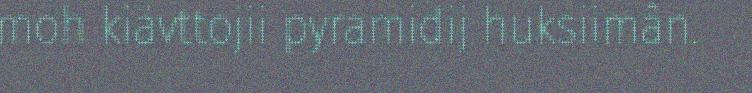
moh kiävttojii pyramidij huksiimân.